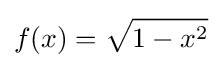
f(x)={\sqrt {1-x^{2}}}